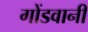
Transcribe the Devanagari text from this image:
गोंडवानी